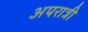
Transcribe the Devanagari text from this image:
अपरात्री